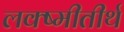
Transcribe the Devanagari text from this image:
लक्ष्मीतीर्थ